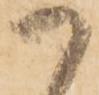
御